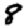
Digit: 8